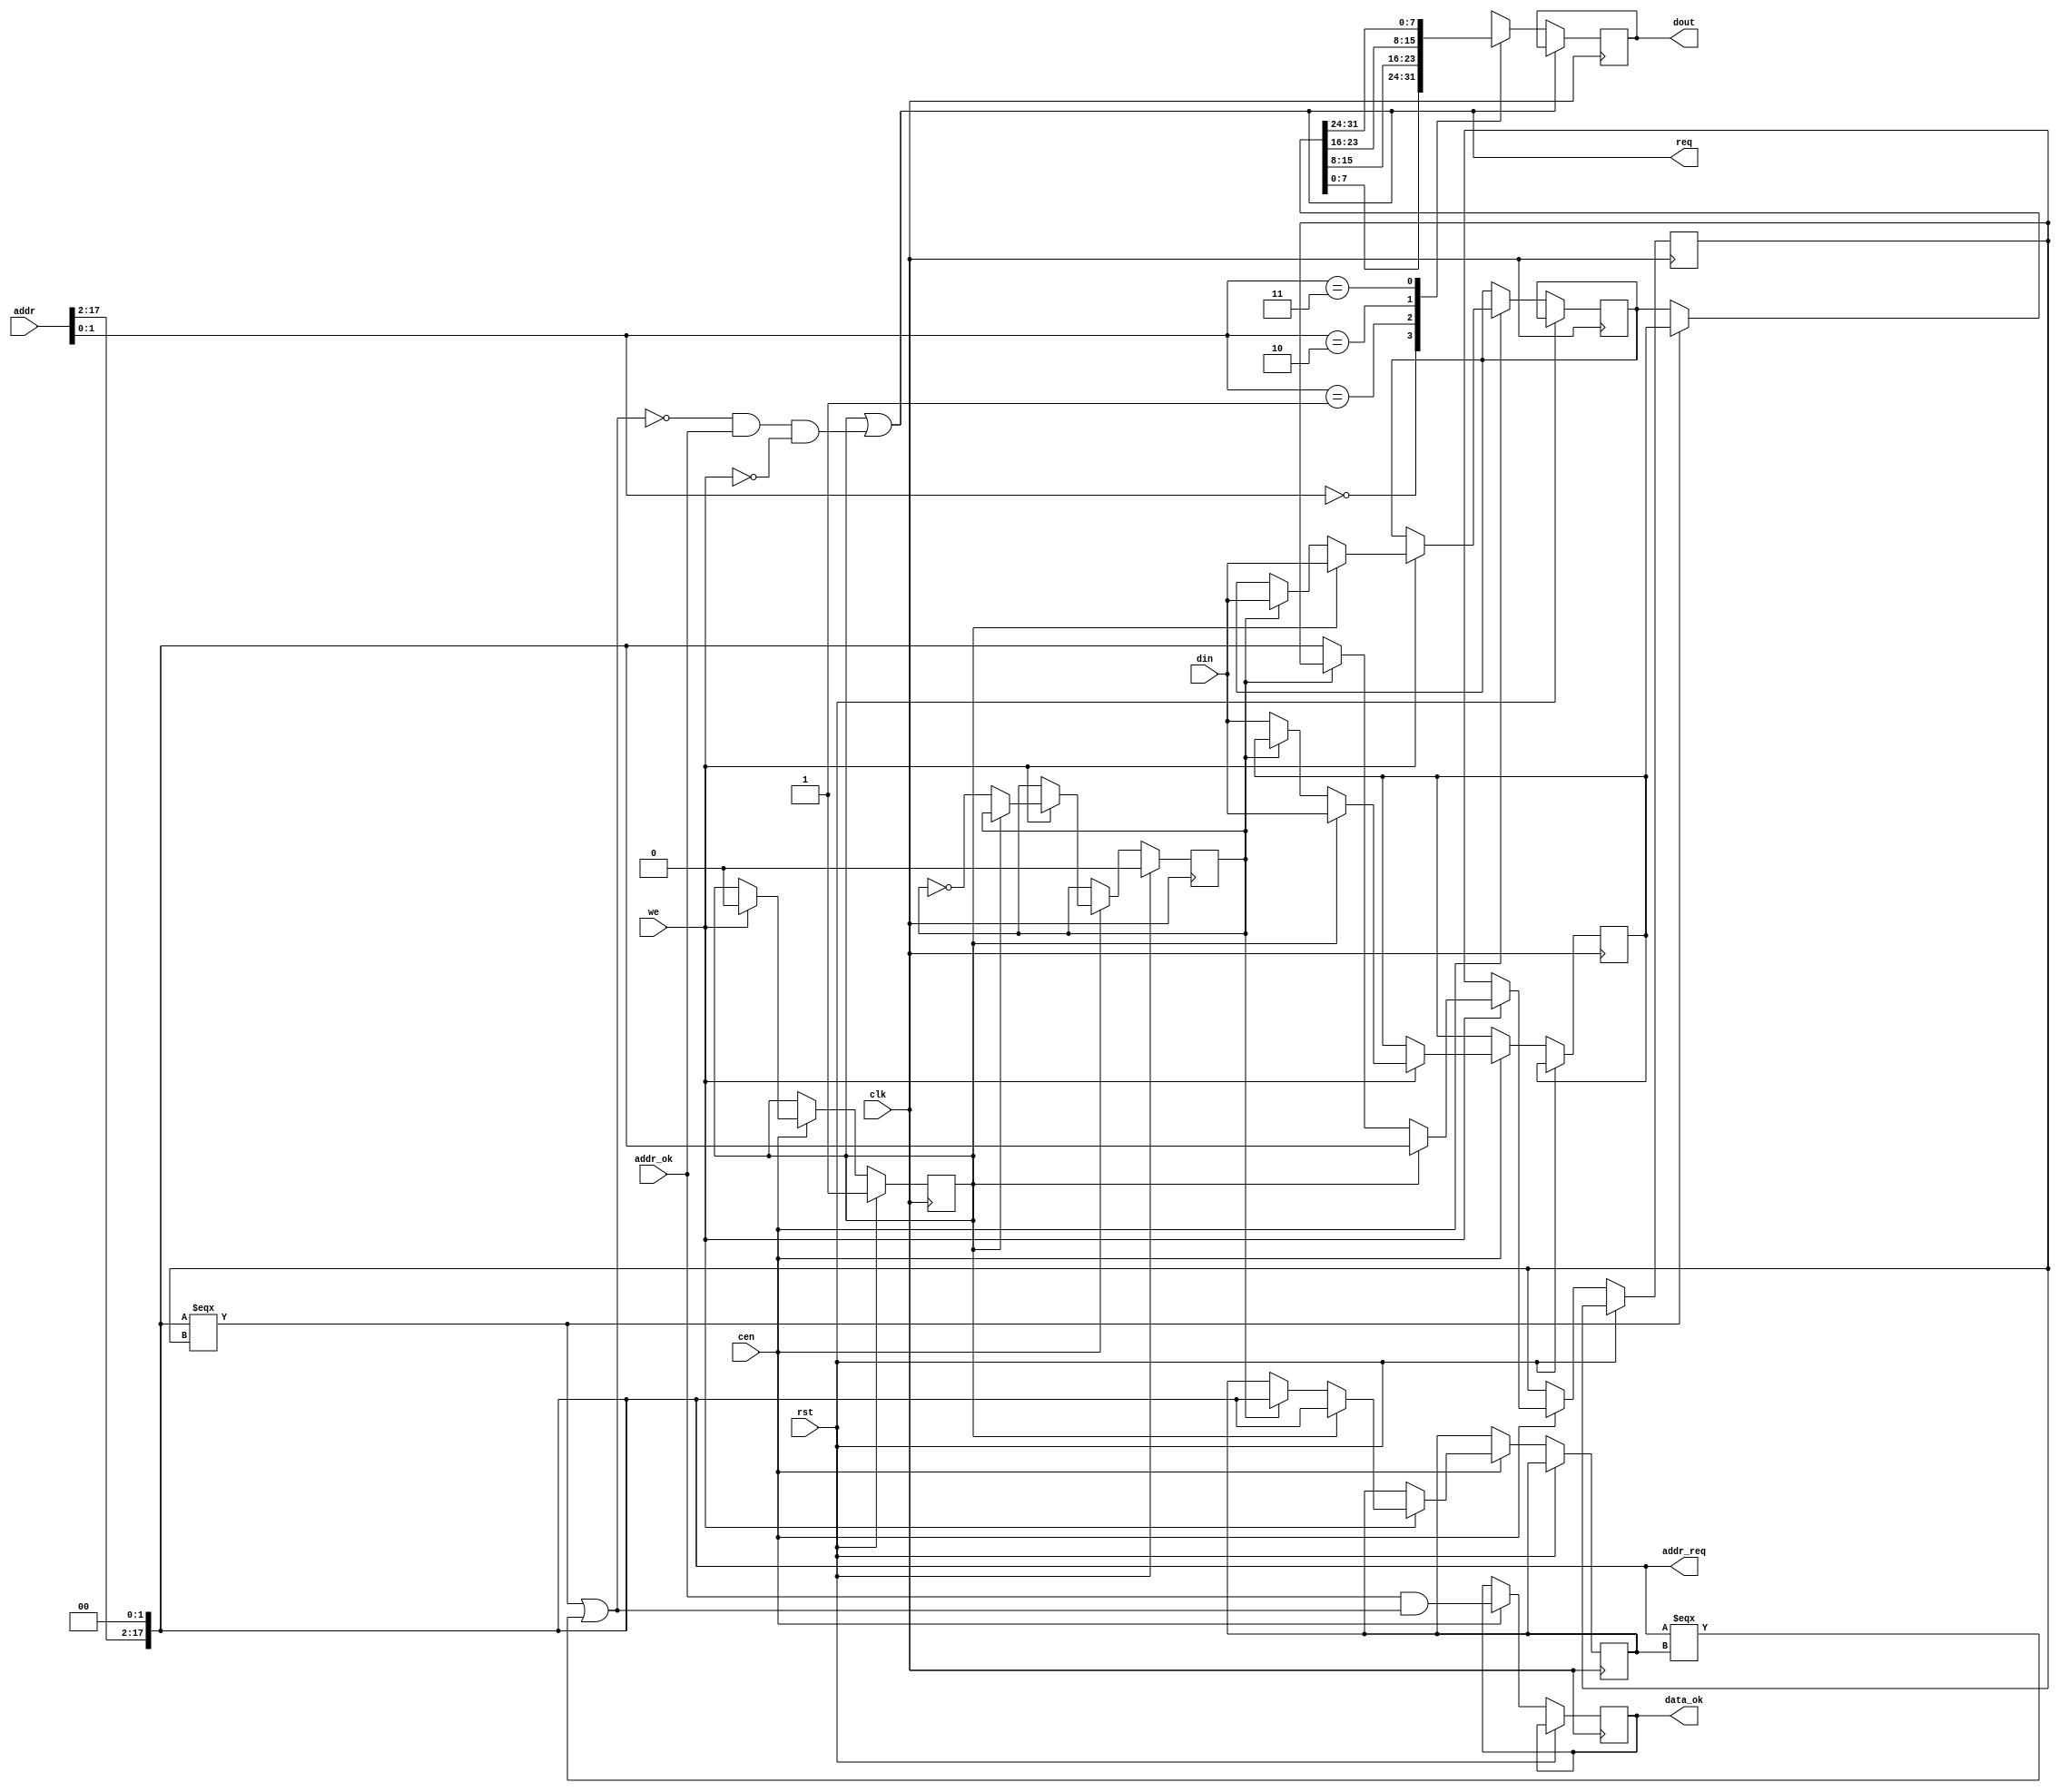
/*  This file is part of JT_GNG.
    JT_GNG program is free software: you can redistribute it and/or modify
    it under the terms of the GNU General Public License as published by
    the Free Software Foundation, either version 3 of the License, or
    (at your option) any later version.

    JT_GNG program is distributed in the hope that it will be useful,
    but WITHOUT ANY WARRANTY; without even the implied warranty of
    MERCHANTABILITY or FITNESS FOR A PARTICULAR PURPOSE.  See the
    GNU General Public License for more details.

    You should have received a copy of the GNU General Public License
    along with JT_GNG.  If not, see <http://www.gnu.org/licenses/>.

    Author: Jose Tejada Gomez. Twitter: @topapate
    Version: 1.0
    Date: 28-2-2019 */

`timescale 1ns/1ps

module jt1943_romrq #(parameter AW=18, DW=8, INVERT_A0=0 )(
    input               rst,
    input               clk,
    input               cen,
    input [AW-1:0]      addr,
    input               addr_ok,    // signals that value in addr is valid
    input [31:0]        din,
    input               we,
    output reg          req,
    output reg          data_ok,    // strobe that signals that data is ready
    output reg [AW-1:0] addr_req,
    output reg [DW-1:0] dout
);

reg [AW-1:0] cached_addr0;
reg [AW-1:0] cached_addr1;
reg [31:0]   cached_data0;
reg [31:0]   cached_data1;
reg deleterus;
reg [1:0]    subaddr;
reg init;
reg hit0, hit1;

always @(*) begin
    case(DW)
        8:  addr_req = {addr[AW-1:2],2'b0};
        16: addr_req = {addr[AW-1:1],1'b0};
        32: addr_req = addr;
    endcase
    hit0 = addr_req === cached_addr0;
    hit1 = addr_req === cached_addr1;
    req = init || ( !(hit0 || hit1) && addr_ok && !we);
end

always @(posedge clk)
    if( rst ) begin
        init      <= 1'b1;
        deleterus <= 1'b0;  // signals which cached data is to be overwritten next time
    end else if(cen) begin
        //data_ok <= !addr_ok || (addr_ok && ( hit0 || hit1 )) || we;
        data_ok <= addr_ok && ( hit0 || hit1 );
        if( we ) begin
            if( init ) begin
                cached_data0 <= din;
                cached_addr0 <= addr_req;
                cached_data1 <= din;
                cached_addr1 <= addr_req;
            end else begin
                if( deleterus ) begin
                    cached_data1 <= din;
                    cached_addr1 <= addr_req;
                end else begin
                    cached_data0 <= din;
                    cached_addr0 <= addr_req;
                end
                deleterus <= ~deleterus;
            end
            init        <= 1'b0;
        end
    end

always @(*) begin
    subaddr[1] <= addr[1];
    if( INVERT_A0 )
        subaddr[0] <= ~addr[0];
    else
        subaddr[0] <=  addr[0];
end

wire [31:0] data_mux = hit0 ? cached_data0 : cached_data1;

generate
    if(DW==8) begin
        always @(posedge clk)
        if(!req) case( subaddr )
            2'd0: dout <= data_mux[ 7: 0];
            2'd1: dout <= data_mux[15: 8];
            2'd2: dout <= data_mux[23:16];
            2'd3: dout <= data_mux[31:24];
        endcase
    end else if(DW==16) begin
        always @(posedge clk)
        if(!req) case( subaddr[0] )
                1'd0: dout = data_mux[15:0];
                1'd1: dout = data_mux[31:16];
        endcase
    end else always @(*) dout = data_mux;
endgenerate


endmodule // jt1943_romrq